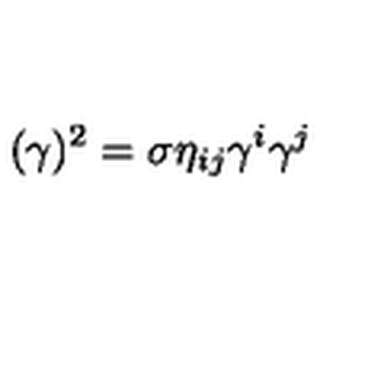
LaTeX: ( \gamma ) ^ { 2 } = \sigma \eta _ { i j } \gamma ^ { i } \gamma ^ { j }